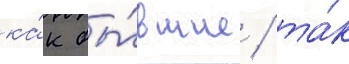
ка́к бы́вшие / та́к